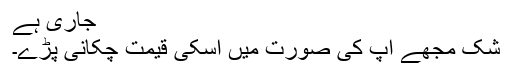
جاری ہے
شک مجھے آپ کی صورت میں اسکی قیمت چکانی پڑے۔